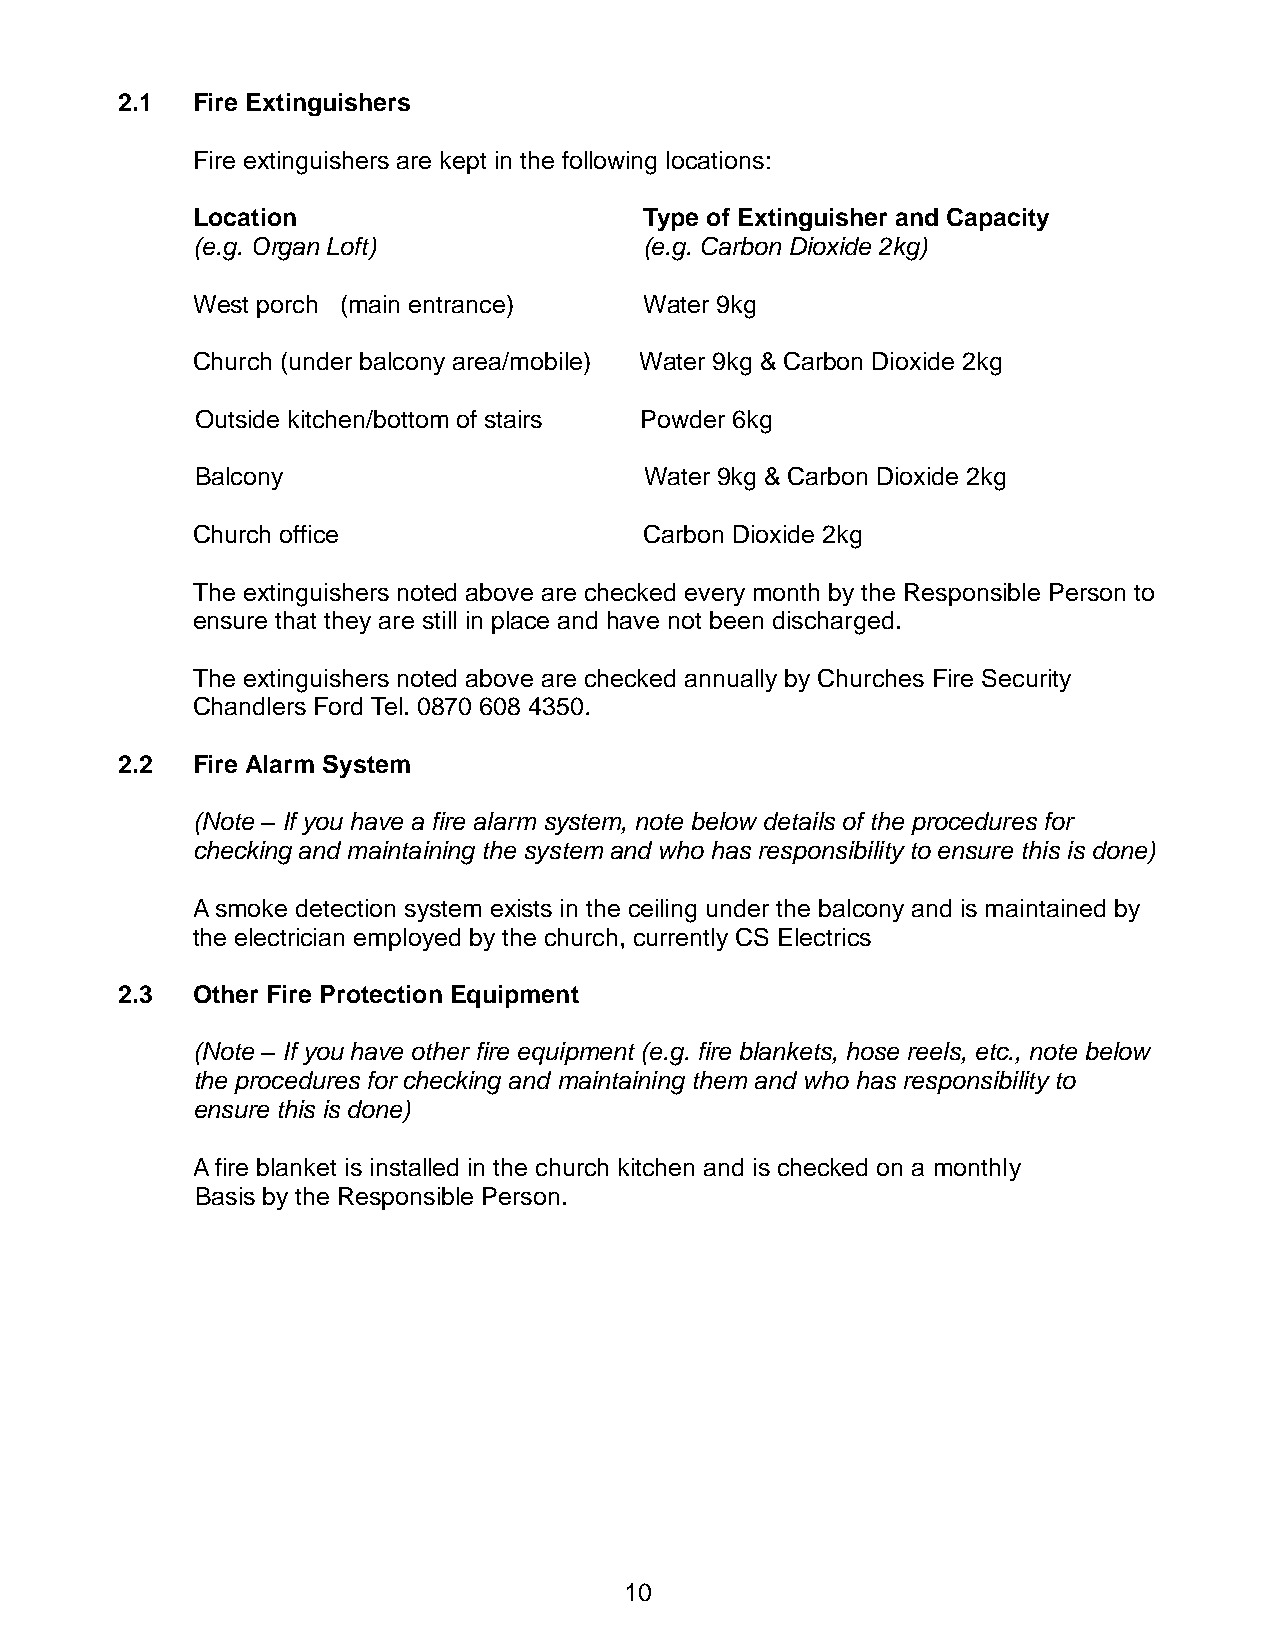
2.1  Fire Extinguishers
 Fire extinguishers are kept in the following locations:
 Location                      Type of Extinguisher and Capacity
 (e.g. Organ Loft)             (e.g. Carbon Dioxide 2kg)
 West porch (main entrance)    Water 9kg
 Church (under balcony area/mobile) Water 9kg & Carbon Dioxide 2kg
 Outside kitchen/bottom of stairs Powder 6kg
 Balcony                       Water 9kg & Carbon Dioxide 2kg
 Church office                 Carbon Dioxide 2kg
 The extinguishers noted above are checked every month by the Responsible Person to
 ensure that they are still in place and have not been discharged.
 The extinguishers noted above are checked annually by Churches Fire Security
 Chandlers Ford Tel. 0870 608 4350.
 2.2  Fire Alarm System
 (Note – If you have a fire alarm system, note below details of the procedures for
 checking and maintaining the system and who has responsibility to ensure this is done)
 A smoke detection system exists in the ceiling under the balcony and is maintained by
 the electrician employed by the church, currently CS Electrics
 2.3  Other Fire Protection Equipment
 (Note – If you have other fire equipment (e.g. fire blankets, hose reels, etc., note below
 the procedures for checking and maintaining them and who has responsibility to
 ensure this is done)
 A fire blanket is installed in the church kitchen and is checked on a monthly
 Basis by the Responsible Person.
 10